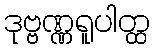
ဒုဗ္ဗဏ္ဏရူပါတ္ထ